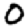
Digit: 0